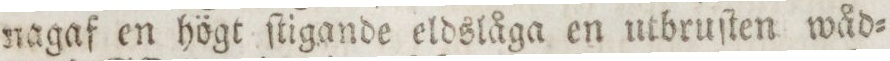
nagaf en högt ſtigande eldslåga en utbruſten wåd=